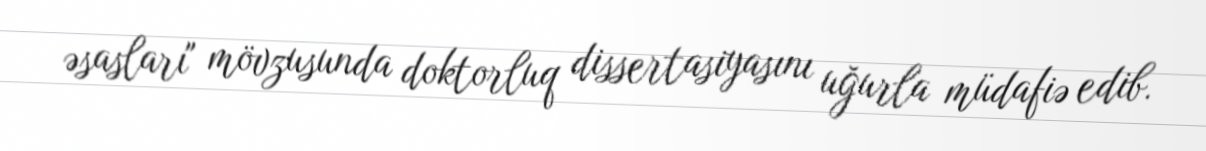
əsasları" mövzusunda doktorluq dissertasiyasını uğurla müdafiə edib.